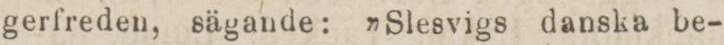
gerfreden, sägande: ”Slesvigs danska be-